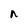
Character: n